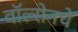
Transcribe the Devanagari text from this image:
वॉल्सेनचे